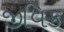
જીવિક